Scottish Leaving Certificate Examination, 1959
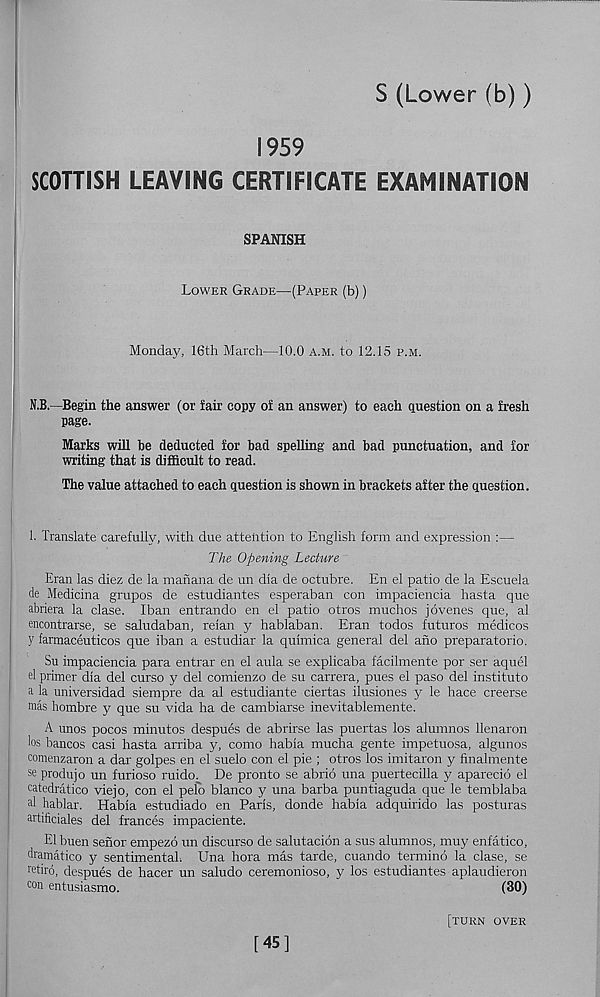
S (Lower (b))
1959
SCOTTISH LEAVING CERTIFICATE EXAMINATION
SPANISH
Lower Grade—(Paper (b))
Monday, 16th March—10.0 a.m. to 12.15 p.m.
N.B.—Begin the answer (or fair copy of an answer) to each question on a fresh
page.
Marks will be deducted for bad spelling and bad punctuation, and for
writing that is difficult to read.
The value attached to each question is shown in brackets after the question.
1. Translate carefully, with due attention to English form and expression :—
The Opening Lecture
Eran las diez de la manana de un dia de octubre. En el patio de la Escuela
de Medicina grupos de estudiantes esperaban con impaciencia hasta que
abriera la clase. Iban entrando en el patio otros muchos jovenes que, al
encontrarse, se saludaban, reian y hablaban. Eran todos futures medicos
y farmaceuticos que iban a estudiar la quhnica general del ano preparatorio.
Su impaciencia para entrar en el aula se explicaba facilmente por ser aquel
el primer dla del curso y del comienzo de su carrera, pues el paso del institute
a la universidad siempre da al estudiante ciertas ilusiones y le hace creerse
mas hombre y que su vida ha de cambiarse inevitablemente.
A unos pocos minutos despues de abrirse las puertas los alumnos llenaron
los bancos casi hasta arriba y, como habia mucha gente impetuosa, algunos
comenzaron a dar golpes en el suelo con el pie ; otros los imitaron y fmalmtente
se produjo un furioso ruido. De pronto se abrio una puertecilla y aparecio el
catedratico viejo, con el pefo bianco y una barba puntiaguda que le temblaba
al hablar. Habia estudiado en Paris, donde habia adquirido las posturas
artificiales del frances impaciente.
El buen senor empezo un discurso de salutation a sus alumnos, muy enfatico,
dramatico y sentimental: Una hora mas tarde, cuando termind la clase, se
retire, despues de hacer un saludo ceremonioso, y los estudiantes aplaudieron
eon entusiasmo.
(30)
[45]
[turn over